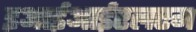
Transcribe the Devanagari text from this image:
इआईआईएलएम